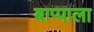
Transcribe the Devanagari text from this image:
बाप्पाला